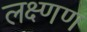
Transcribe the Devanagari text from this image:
लक्ष्णण